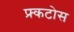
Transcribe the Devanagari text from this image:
फ्र्कटोस